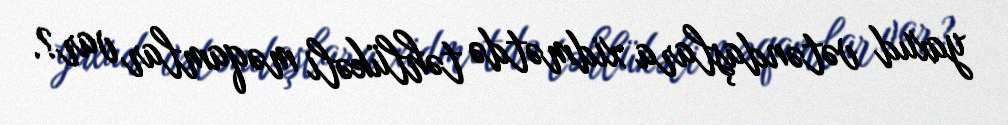
yaxud vətəndaşlara xidmətdə təhlükəli məqamlar var?.